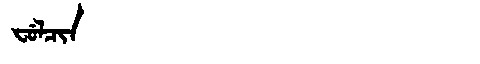
Manchu: ᠸᡠᠯᠴᡳᠨ
Romanization: FULCIN